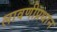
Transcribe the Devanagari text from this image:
लावणीप्रधान